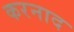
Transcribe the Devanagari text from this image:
करनाद